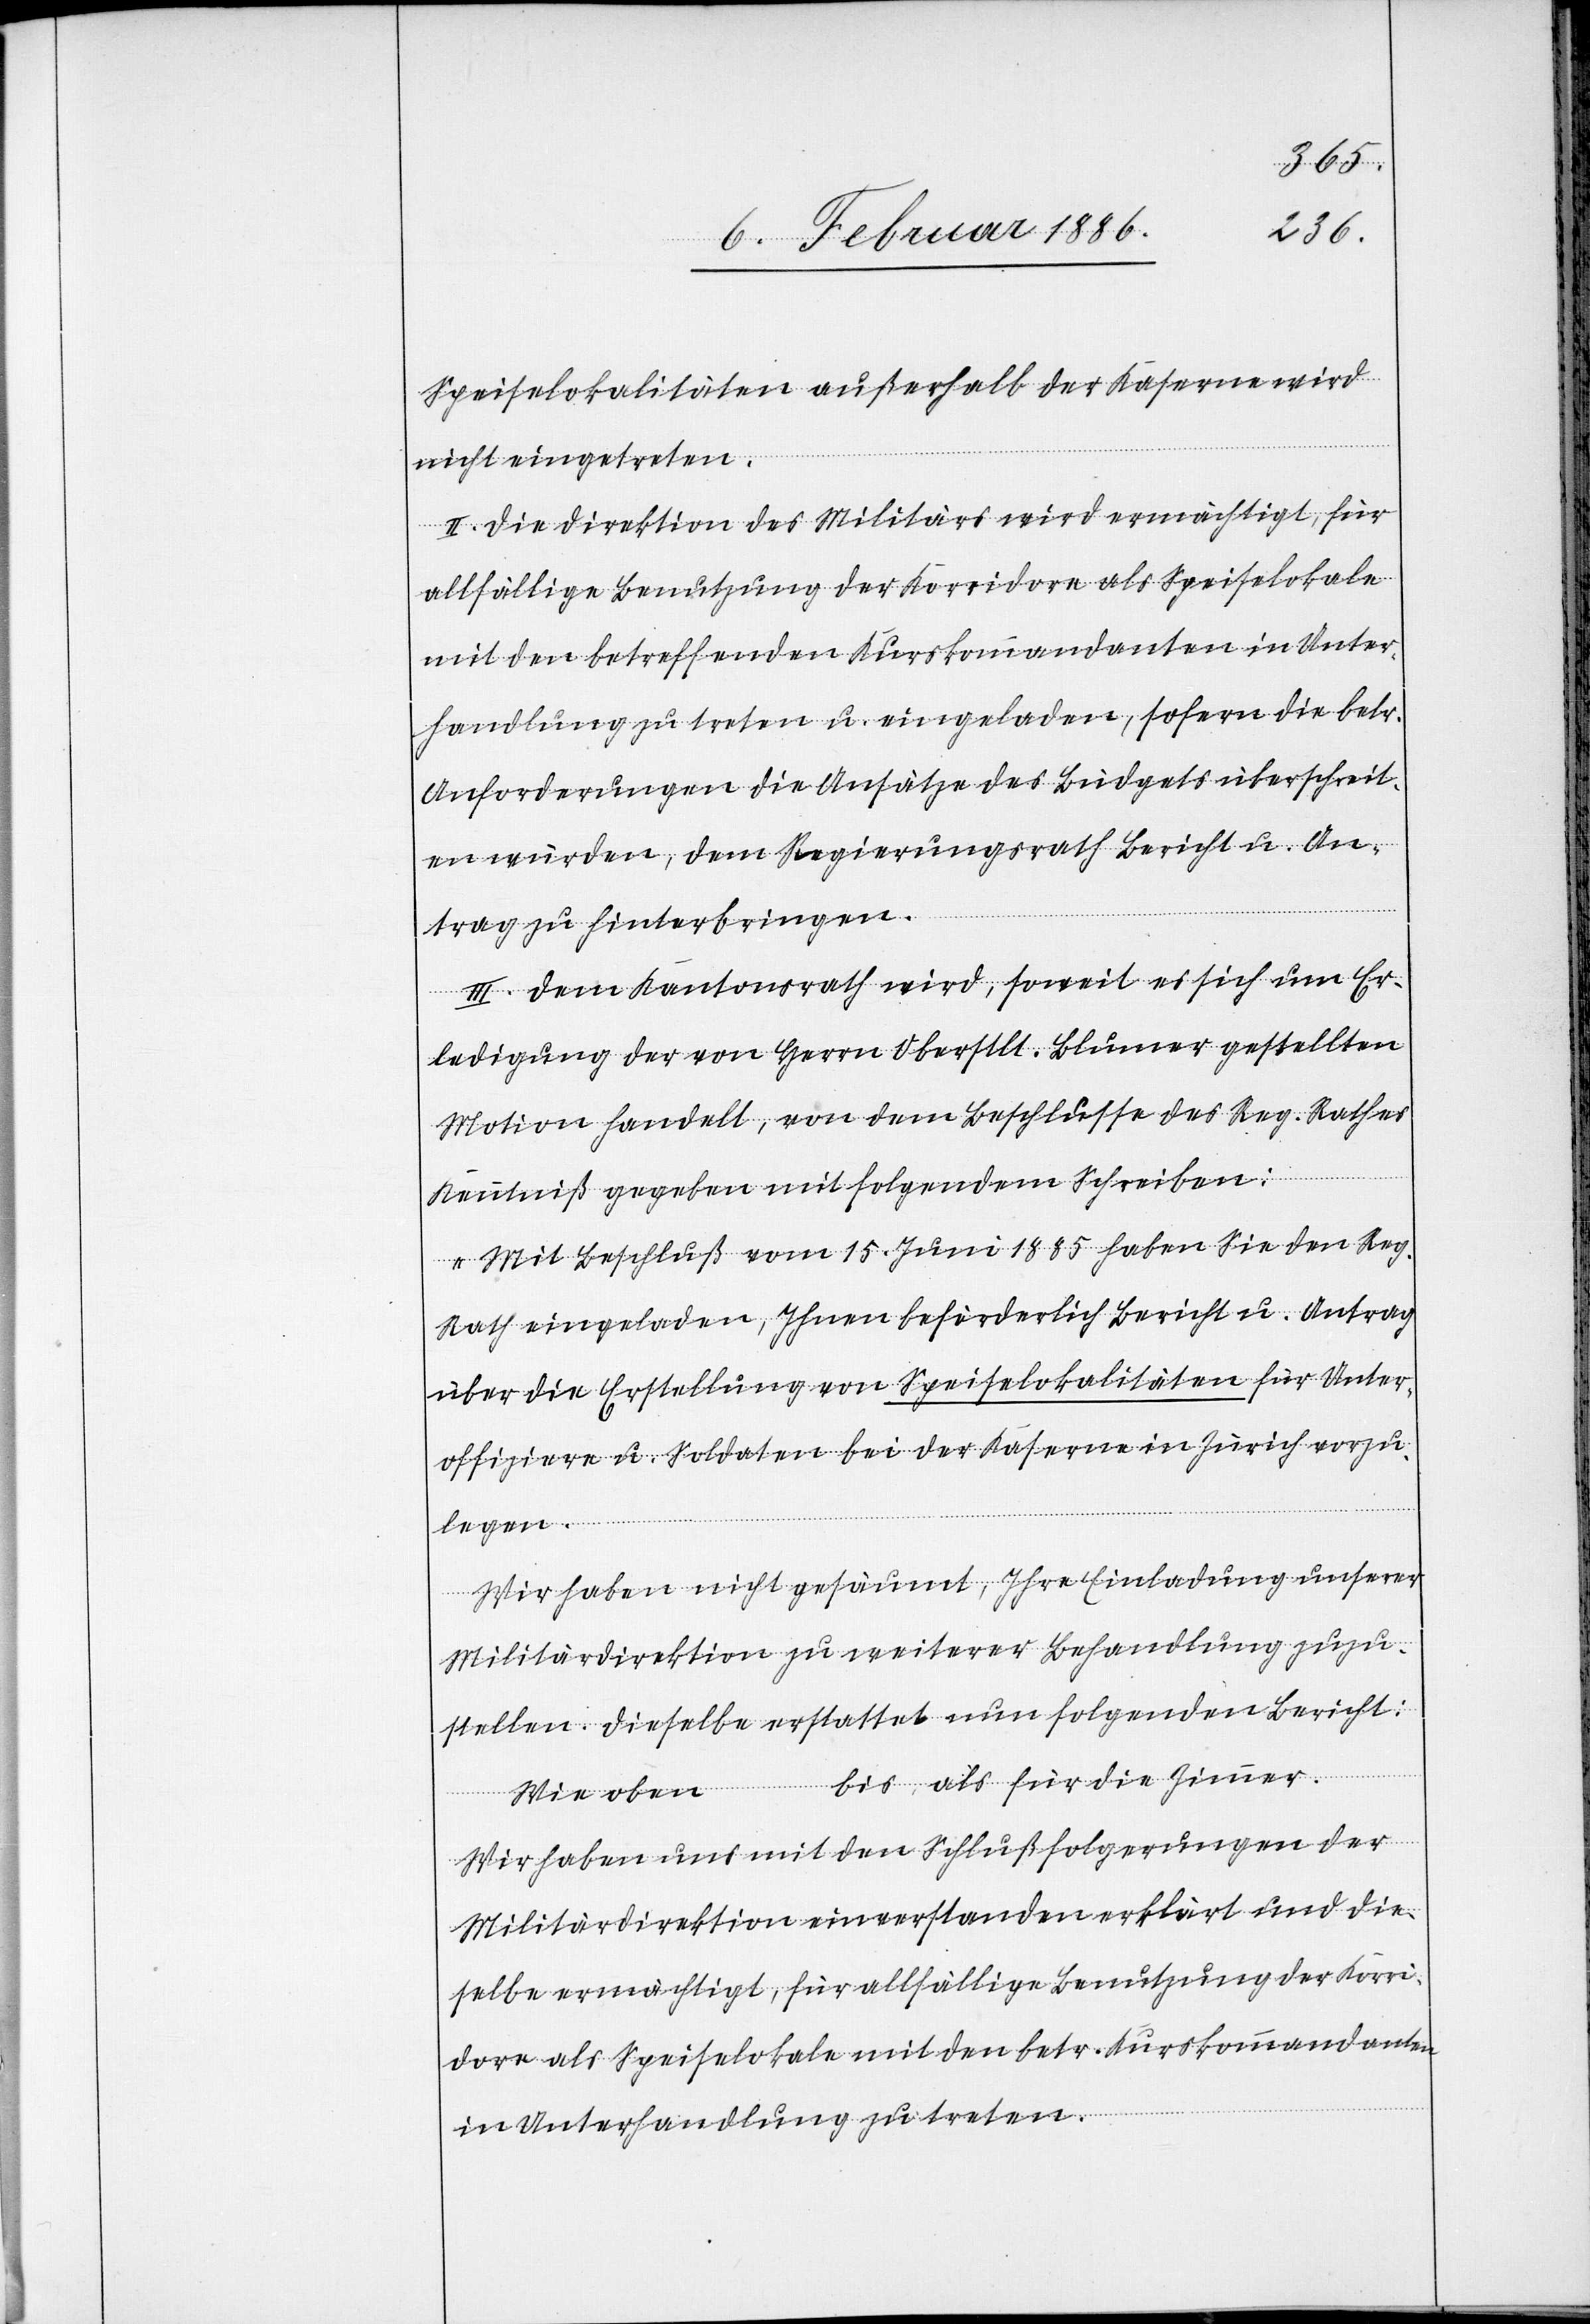
Speiselokalitäten außerhalb der Kaserne wird
nicht eingetreten.
II. Die Direktion des Militärs wird ermächtigt, für
allfällige Benutzung der Korridore als Speiselokale
mit den betreffenden Kurskommandanten in Unter¬
handlung zu treten u. eingeladen, sofern die betr.
Anforderungen die Ansätze des Büdgets überschreit¬
en würden, dem Regierungsrath Bericht u. An¬
trag zu hinterbringen.
III. Dem Kantonsrath wird, soweit es sich um Er¬
ledigung der von Herrn Oberstlt. Blumer gestellten
Motion handelt, von dem Beschlusse des Reg. Rathes
Kenntniß gegeben mit folgendem Schreiben:
„Mit Beschluß vom 15. Juni 1885 haben Sie den Reg.
Rath eingeladen, Ihnen beförderlich Bericht u. Antrag
über die Erstellung von Speiselokalitäten für Unter¬
offiziere u. Soldaten bei der Kaserne in Zürich vorzu¬
legen.
Wir haben nicht gesäumt, Ihre Einladung unserer
Militärdirektion zu weiterer Behandlung zuzu¬
stellen. Dieselbe erstattet nun folgenden Bericht:
Wie oben … bis als für die Zimmer.
Wir haben uns mit den Schlußfolgerungen der
Militärdirektion einverstanden erklärt und die¬
selbe ermächtigt, für allfällige Benutzung der Korri¬
dore als Speiselokale mit den betr. Kurskommandanten
in Unterhandlung zu treten.